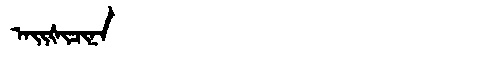
Manchu: ᠠᡳᡧᡳᠴᡳᠨᠠ
Romanization: AIŠICINA